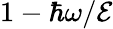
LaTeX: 1-\hbar\omega/\mathcal{E}